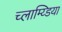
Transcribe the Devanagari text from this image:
च्लाम्य्डिया